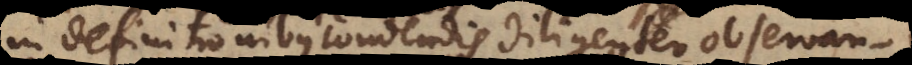
in definitionibus realibus condendis diligenter observandum